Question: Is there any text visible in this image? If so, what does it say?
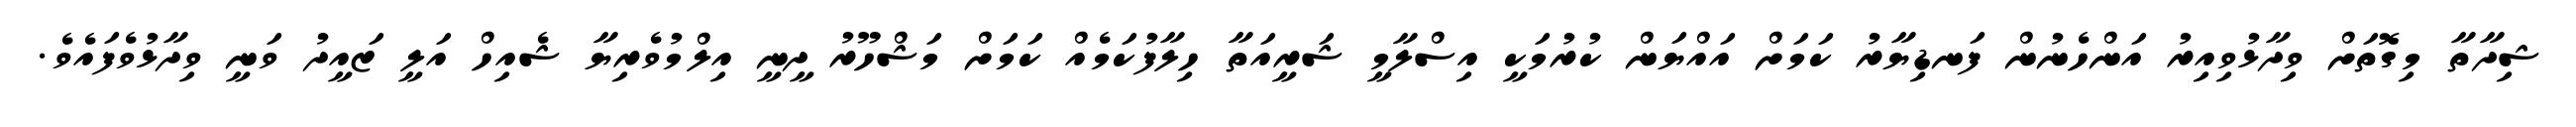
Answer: ޝިދާތާ މިގޮތަށް ވިދާޅުވިއިރު އަންހެނުން ފަނޑިޔާރު ކަމަށް އައްޔަން ކުރުމަކީ އިސްލާމީ ޝަރީއަތާ ހިލާފުކަމެއް ކަމަށް މަޝްހޫރު ދީނީ އިލްމުވެރިޔާ ޝެއިހް އަލީ ޒައީދު ވަނީ ވިދާޅުވެފައެވެ.